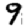
Digit: 9